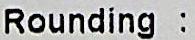
ROUNDING :